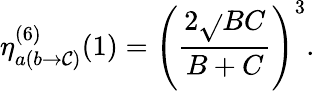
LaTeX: \eta_{a(b\rightarrow\mathcal{C})}^{(6)}(1)=\left({\frac{{2\sqrt{}{{BC}}}}{{B+C}}}\right)^{3}.